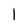
Character: l